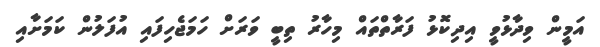
އަމީން ވިދާޅުވީ އިދިކޮޅު ފަރާތްތައް މިހާރު ތިބީ ވަރަށް ހަމަޖެހިފައި އުފަލުން ކަމަށާއި